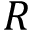
R